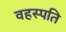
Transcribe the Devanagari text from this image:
वहस्पति